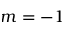
m = - 1